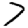
Digit: 7